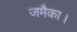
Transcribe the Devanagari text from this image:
जमैका।